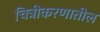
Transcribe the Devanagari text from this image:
चित्रीकरणातील